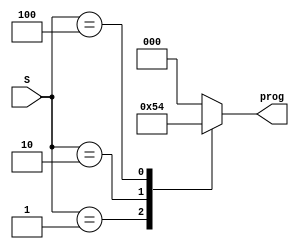
`timescale 1ns / 1ps
//////////////////////////////////////////////////////////////////////////////////
// Company: 
// Engineer: 
// 
// Design Name: 
// Module Name: SWITCHES
// Project Name: 
// Target Devices: 
// Tool Versions: 
// Description: 
// 
// Dependencies: 
// 
// Revision:
// Revision 0.01 - File Created
// Additional Comments:
// 
//////////////////////////////////////////////////////////////////////////////////


module SWITCHES(
	input wire [2:0] S,
	output reg [2:0] prog
   );
 
	always @* begin
		case(S)
			3'b001 : begin //Activo Sw0
		     	 prog = 3'b001; //Programar fecha
			end
			3'b010 : begin //Activo Sw1
				prog = 3'b010; //Programar hora
			end
			3'b100 : begin //Activo Sw2
				prog = 3'b100; //Programar timer
			end
			default: begin
				prog = 3'b000;
			end
		endcase
	end

endmodule